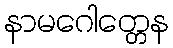
နာမဂေါတ္တေန